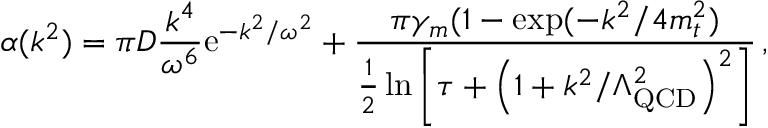
\alpha ( k ^ { 2 } ) = \pi D \frac { k ^ { 4 } } { \omega ^ { 6 } } \mathrm { e } ^ { - k ^ { 2 } / \omega ^ { 2 } } + \frac { \pi \gamma _ { m } ( 1 - \exp ( - k ^ { 2 } / 4 m _ { t } ^ { 2 } ) } { \frac { 1 } { 2 } \ln \left[ \tau + \left( 1 + k ^ { 2 } / \Lambda _ { \mathrm { Q C D } } ^ { 2 } \right) ^ { 2 } \right] } \, ,